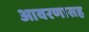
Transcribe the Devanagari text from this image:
आवरणासह